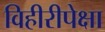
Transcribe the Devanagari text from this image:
विहीरीपेक्षा